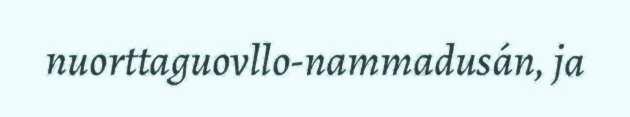
nuorttaguovllo-nammadusán, ja